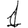
Digit: 1